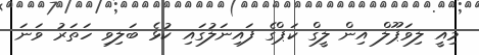
މިއީ ލިވަޕޫލް އިން ލީގް ކަޕްގެ ފައިނަލުގައި ކުޅެ ބަލިވި ހަތަރު ވަނަ